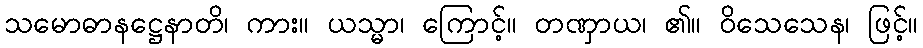
သမောဓာနဋ္ဌေနာတိ၊ ကား။ ယသ္မာ၊ ကြောင့်။ တဏှာယ၊ ၏။ ဝိသေသေန၊ ဖြင့်။